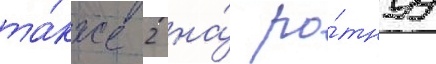
та́кже 2 на́ ро́тнуу